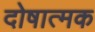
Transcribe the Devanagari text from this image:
दोषात्मक